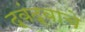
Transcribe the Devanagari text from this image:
द्वंद्वाचे